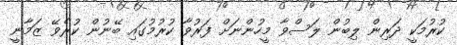
ކުރުމަކީ ދަރިން ލިބުން ލަސްވާ މީހުންނަށް ފަރުވާ ކުރުމުގައި ބޭނުން ކުރެވޭ ޒަމާނީ